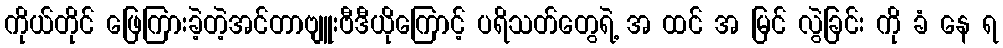
ကိုယ်တိုင် ဖြေကြားခဲ့တဲ့အင်တာဗျူးဗီဒီယိုကြောင့် ပရိသတ်တွေရဲ့ အ ထင် အ မြင် လွဲခြင်း ကို ခံ နေ ရ